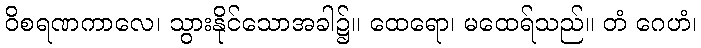
ဝိစရဏကာလေ၊ သွားနိုင်သောအခါ၌။ ထေရော၊ မထေရ်သည်။ တံ ဂေဟံ၊